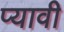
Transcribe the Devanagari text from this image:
प्यावी